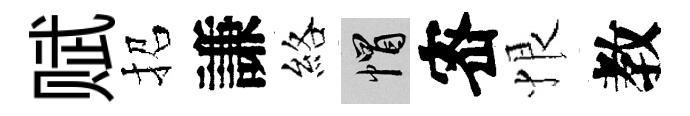
赋招謙絡帽宻恨教